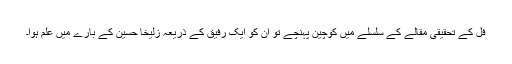
فِل کے تحقیقی مقالے کے سلسلے میں کوچین پہنچے تو ان کو ایک رفیق کے ذریعہ زُلیخا حُسین کے بارے میں علم ہوا۔